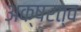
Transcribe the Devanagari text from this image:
अक्षरत्व